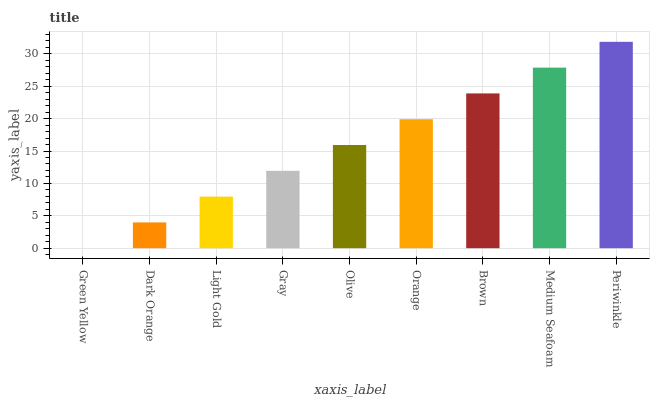
| xaxis_label | bars |
 | --- | --- |
 | Green Yellow | 0 |
 | Dark Orange | 3.98 |
 | Light Gold | 7.96 |
 | Gray | 11.9 |
 | Olive | 15.9 |
 | Orange | 19.9 |
 | Brown | 23.9 |
 | Medium Seafoam | 27.9 |
 | Periwinkle | 31.9 |